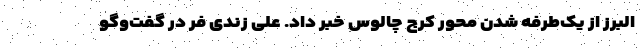
البرز از یک‌طرفه شدن محور کرج چالوس خبر داد. علی زندی فر در گفت‌وگو